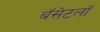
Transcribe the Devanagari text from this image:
बॅसेटलॉ